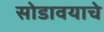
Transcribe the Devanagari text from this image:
सोडावयाचे